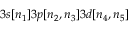
3 s [ n _ { 1 } ] 3 p [ n _ { 2 } , n _ { 3 } ] 3 d [ n _ { 4 } , n _ { 5 } ]